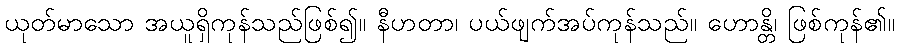
ယုတ်မာသော အယူရှိကုန်သည်ဖြစ်၍။ နီဟတာ၊ ပယ်ဖျက်အပ်ကုန်သည်။ ဟောန္တိ၊ ဖြစ်ကုန်၏။